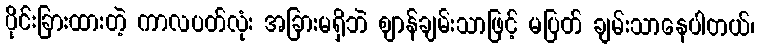
ပိုင်းခြားထားတဲ့ ကာလပတ်လုံး အခြားမရှိဘဲ ဈာန်ချမ်းသာဖြင့် မပြတ် ချမ်းသာနေပါတယ်၊